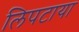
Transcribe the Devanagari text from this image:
लिपटाया